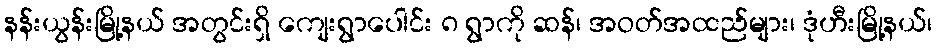
နန်းယွန်းမြို့နယ် အတွင်းရှိ ကျေးရွာပေါင်း ၈ ရွာကို ဆန်၊ အဝတ်အထည်များ၊ ဒုံဟီးမြို့နယ်၊